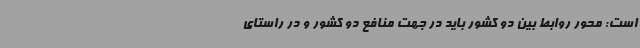
است: محور روابط بین دو کشور باید در جهت منافع دو کشور و در راستای